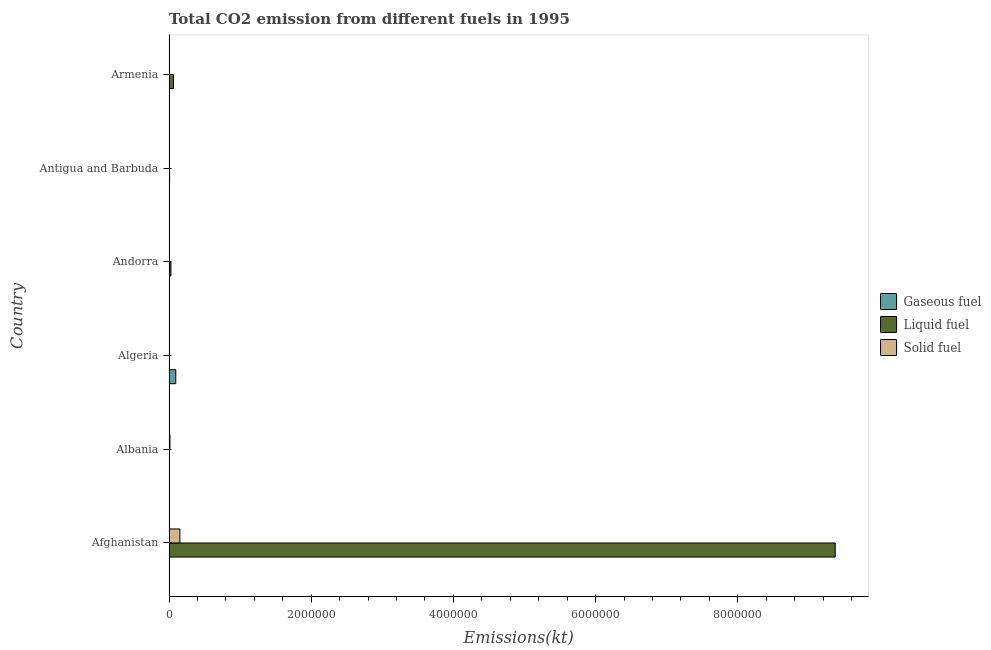
| Country | Gaseous fuel | Liquid fuel | Solid fuel |
 | --- | --- | --- | --- |
 | Afghanistan | 1.27e+03 | 9.37e+06 | 1.53e+05 |
 | Albania | 2.09e+03 | 851 | 1.32e+04 |
 | Algeria | 9.53e+04 | 1.77e+03 | 14.7 |
 | Andorra | 407 | 2.71e+04 | 3.67 |
 | Antigua and Barbuda | 323 | 8.46e+03 | 1.22e+03 |
 | Armenia | 3.49e+03 | 6.29e+04 | 5.29e+03 |